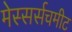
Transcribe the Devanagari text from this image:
मेस्सर्सचमीट